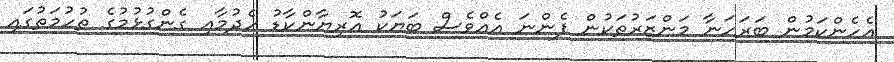
އެހެންކަމުން ބަރަހަނާ މަންޒަރުތަކުން ފެންނަ އެއްވެސް ބަޔަކު އޮރިޔާންކާޑު ހެދުމާއި ގެންގުޅުމުގެ ތުހުމަތުގައި